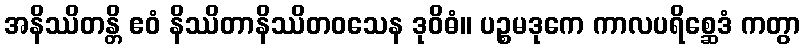
အနိဿိတန္တိ ဧဝံ နိဿိတာနိဿိတဝသေန ဒုဝိဓံ။ ပဉ္စမဒုကေ ကာလပရိစ္ဆေဒံ ကတွာ